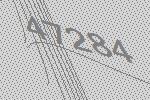
47284